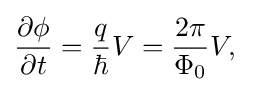
{\frac {\partial \phi }{\partial t}}={\frac {q}{\hbar }}V={\frac {2\pi }{\Phi _{0}}}V,\